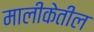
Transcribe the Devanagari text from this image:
मालीकेतील